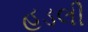
હડલી